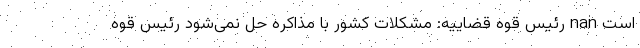
است nan رئیس قوه قضاییه: مشکلات کشور با مذاکره حل نمی‌شود رئیس قوه